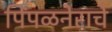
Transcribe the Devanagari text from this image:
पिंपळनेराचे